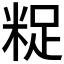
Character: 𮇟